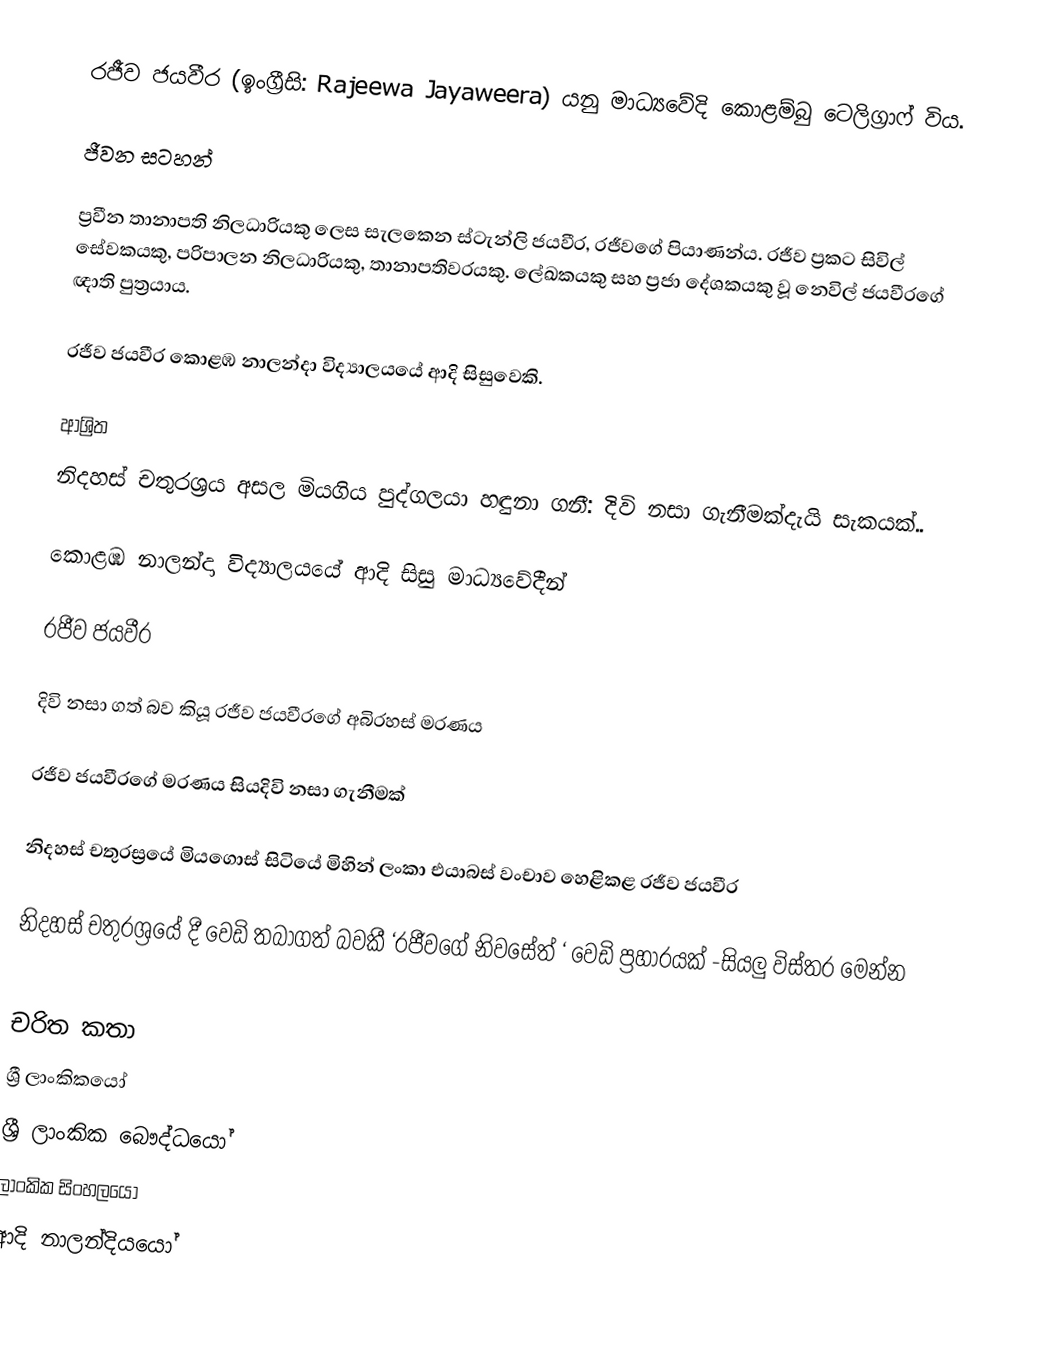
රජීව ජයවීර (ඉංග්‍රීසි: Rajeewa Jayaweera) යනු  මාධ්‍යවේදි කොළම්බු ටෙලිග්‍රාෆ් විය.

ජීවන සටහන්

ප්‍රවීන තානාපති නිලධාරියකු ලෙස සැලකෙන ස්ටැන්ලි ජයවීර, රජීවගේ පියාණන්ය. රජීව ප්‍රකට සිවිල් සේවකයකු, පරිපාලන නිලධාරියකු, තානාපතිවරයකු. ලේඛකයකු සහ ප්‍රජා දේශකයකු වූ නෙවිල් ජයවීරගේ ඥාති පුත්‍රයාය.

රජීව ජයවීර කොළඹ නාලන්දා විද්‍යාලයයේ ආදි සිසුවෙකි.

ආශ්‍රිත
 නිදහස් චතුරශ්‍රය අසල මියගිය පුද්ගලයා හඳුනා ගනී: දිවි නසා ගැනීමක්දැයි සැකයක්..

 කොළඹ නාලන්දා විද්‍යාලයයේ ආදි සිසු මාධ්‍යවේදීන්

 රජීව ජයවීර

 දිවි නසා ගත් බව කියූ රජීව ජයවීරගේ අබිරහස් මරණය

 රජීව ජයවීරගේ මරණය සියදිවි නසා ගැනීමක්

 නිදහස් චතුරස්‍රයේ මියගොස් සිටියේ මිහින් ලංකා එයාබස් වංචාව හෙළිකළ රජීව ජයවීර

 නිදහස් චතුරශ්‍රයේ දී වෙඩි තබාගත් බවකී ‘රජීවගේ නිවසේත් ‘ වෙඩි ප්‍රහාරයක් -සියලු විස්තර මෙන්න

චරිත කතා
ශ්‍රී ලාංකිකයෝ
ශ්‍රී ලාංකික බෞද්ධයෝ
ලාංකික සිංහලයෝ
ආදි නාලන්දියයෝ